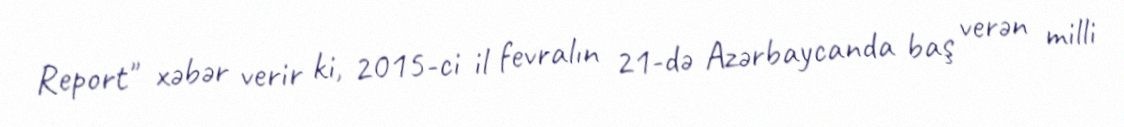
Report" xəbər verir ki, 2015-ci il fevralın 21-də Azərbaycanda baş verən milli